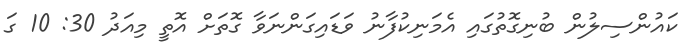
ކައުންސިލުން ބުނިގޮތުގައި އެމަނިކުފާނު ވަޑައިގަންނަވާ ގޮތަށް އޮތީ މިއަދު 30: 10 ގަ